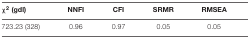
<table><thead><tr><td><b>χ<sup>2</sup> (gdl)</b></td><td><b>NNFI</b></td><td><b>CFI</b></td><td><b>SRMR</b></td><td><b>RMSEA</b></td></tr></thead><tbody><tr><td>723.23 (328)</td><td>0.96</td><td>0.97</td><td>0.05</td><td>0.05</td></tr></tbody></table>